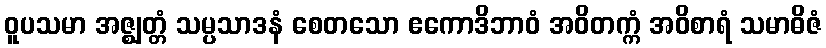
ဝူပသမာ အဇ္ဈတ္တံ သမ္ပသာဒနံ စေတသော ဧကောဒိဘာဝံ အဝိတက္ကံ အဝိစာရံ သမာဓိဇံ